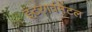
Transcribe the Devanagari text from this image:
इंटरगर्वमेंटल